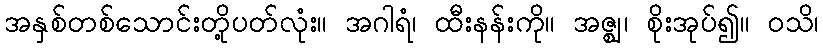
အနှစ်တစ်သောင်းတို့ပတ်လုံး။ အဂါရံ၊ ထီးနန်းကို။ အဇ္ဈ၊ စိုးအုပ်၍။ ဝသိ၊